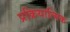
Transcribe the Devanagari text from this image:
प्रक्रियात्मिक